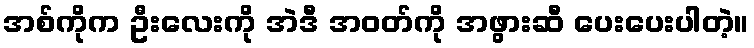
အစ်ကိုက ဦးလေးကို အဲဒီ အဝတ်ကို အဖွားဆီ ပေးပေးပါတဲ့။